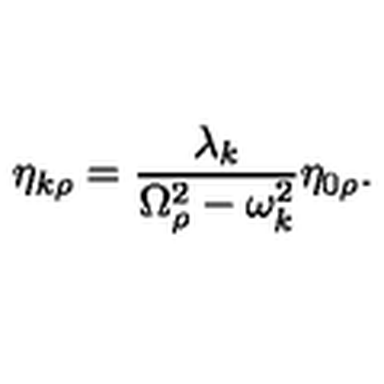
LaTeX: \eta _ { k \rho } = \frac { \lambda _ { k } } { \Omega _ { \rho } ^ { 2 } - \omega _ { k } ^ { 2 } } \eta _ { 0 \rho } .